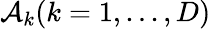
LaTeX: \mathcal{A}_{k}(k=1,...,D)